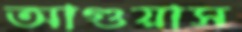
আগুয়াস